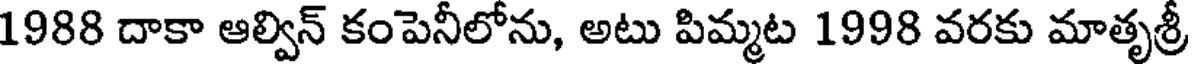
1988 దాకా ఆల్విన్ కంపెనీలోను, అటు పిమ్మట 1998 వరకు మాతృశ్రీ